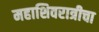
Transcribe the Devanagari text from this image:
महाशिवरात्रीचा